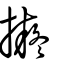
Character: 擬